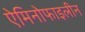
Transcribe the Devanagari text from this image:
ऐमिनोफाइलीन